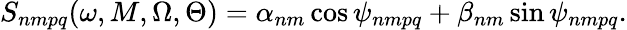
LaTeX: S_{nmpq}(\omega,M,\Omega,\Theta)=\alpha_{nm}\cos\psi_{nmpq}+\beta_{nm}\sin\psi_{nmpq}.